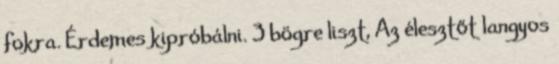
fokra. Érdemes kipróbálni. 3 bögre liszt, Az élesztőt langyos